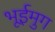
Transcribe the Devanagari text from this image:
भूईमुग